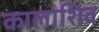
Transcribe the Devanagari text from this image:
कालाशिव